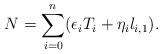
\begin{align*} N=\sum_{i=0}^{n} (\epsilon_i T_i+\eta_il_{i,1}).\end{align*}